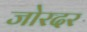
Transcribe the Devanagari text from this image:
जोरदर